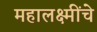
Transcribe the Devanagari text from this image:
महालक्ष्मींचे